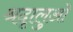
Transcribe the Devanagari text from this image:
श्रदृालुओ